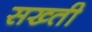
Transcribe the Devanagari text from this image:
सख्‍ती